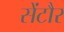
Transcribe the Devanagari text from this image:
सेंटौर